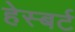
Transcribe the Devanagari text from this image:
हेस्बर्ट